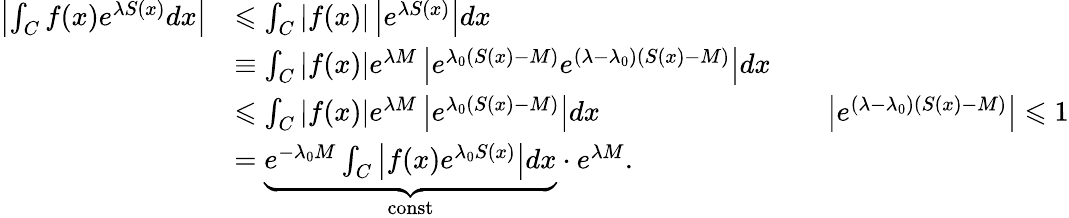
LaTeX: {\begin{array}{rlrl}{\left|\int_{C}f(x)e^{\lambda S(x)}dx\right|}&{\leqslant\int_{C}|f(x)|\left|e^{\lambda S(x)}\right|dx}\\ &{\equiv\int_{C}|f(x)|e^{\lambda M}\left|e^{\lambda_{0}(S(x)-M)}e^{(\lambda-\lambda_{0})(S(x)-M)}\right|dx}\\ &{\leqslant\int_{C}|f(x)|e^{\lambda M}\left|e^{\lambda_{0}(S(x)-M)}\right|dx}&&{\left|e^{(\lambda-\lambda_{0})(S(x)-M)}\right|\leqslant 1}\\ &{=\underbrace{e^{-\lambda_{0}M}\int_{C}\left|f(x)e^{\lambda_{0}S(x)}\right|dx}_{\mathrm{const}}\cdot e^{\lambda M}.}\end{array}}